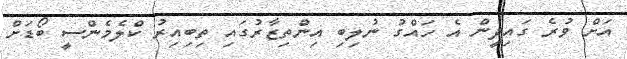
އަށް ވުރެ ގައިދީން އެ ހައްގު ނުލިބި އިންތިޒާރުގައި ތިބިއިރު ކްލެމެންސީ ބޯޑަށް